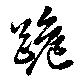
跪